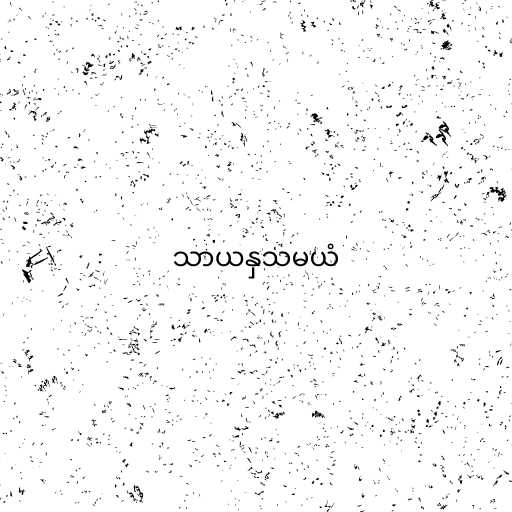
သာယနှသမယံ